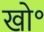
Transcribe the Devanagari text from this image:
खो॰